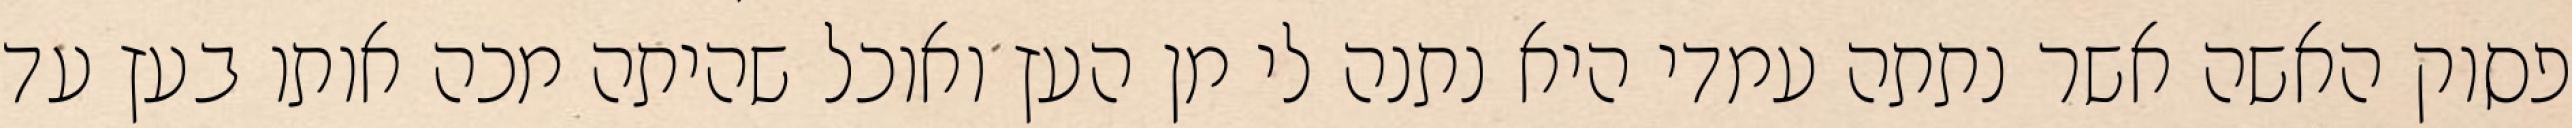
פסוק האשה אשר נתתה עמדי היא נתנה לי מן העץ ואוכל שהיתה מכה אותו בעץ עד